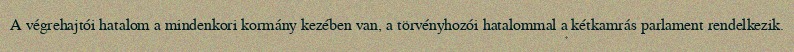
A végrehajtói hatalom a mindenkori kormány kezében van, a törvényhozói hatalommal a kétkamrás parlament rendelkezik.